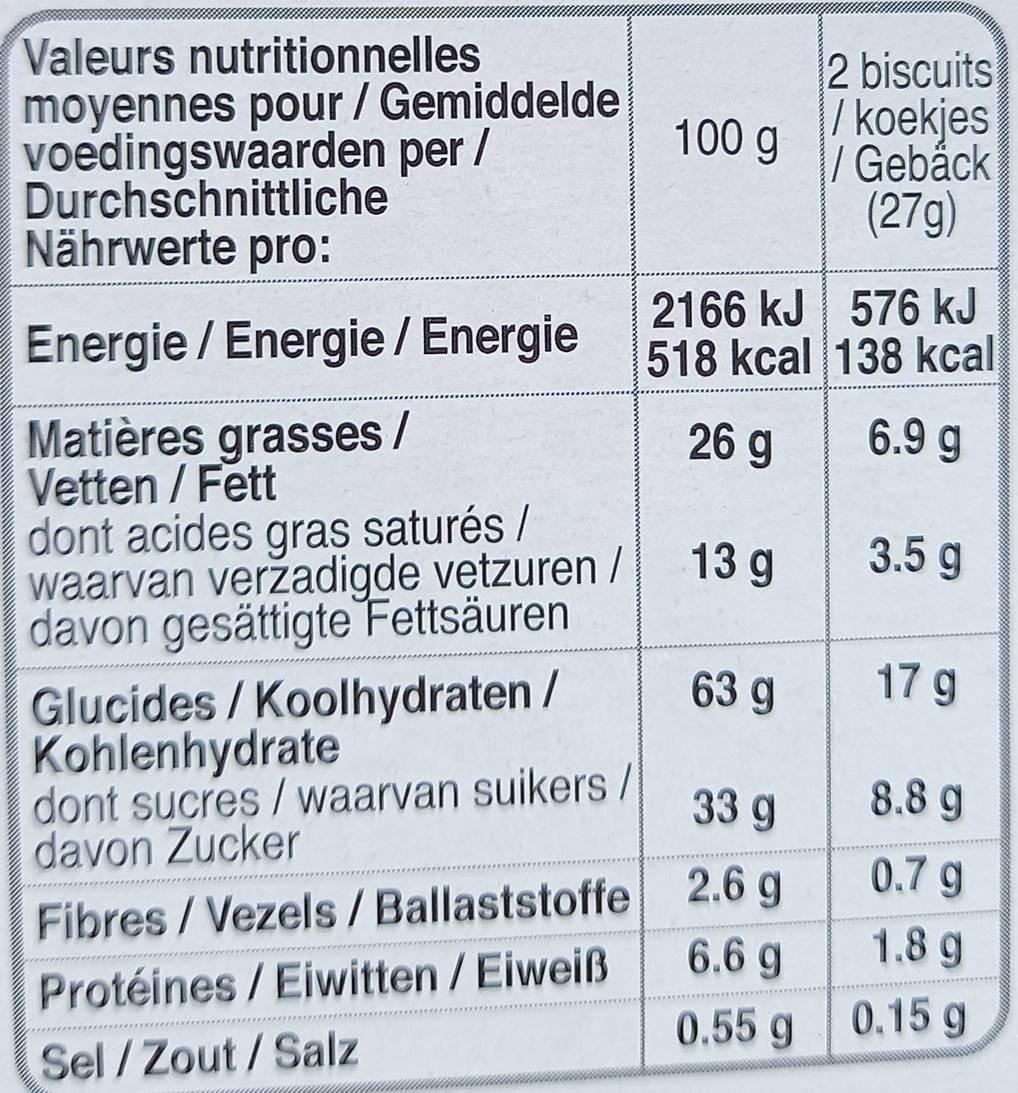
Valeurs nutritionnelles moyennes pour / Gemiddelde voedingswaarden per / Durchschnittliche Nährwerte pro:
2 biscuits / koekjes / Gebáck (27g)
100 g
2166 kJ 576 kJ 518 kcal 138 kcal
Energie / Energie/ Energie
Matières grasses / Vetten / Fett dont acides saturés / waarvan verzadigde vetzuren / davon gesättigte Fettsäuren
26 g
6.9 g
gras
13 g
3.5 g
17 g
Glucides /Koolhydraten / Kohlenhydrate dont sucres / waarvan suikers/ davon Zucker
63 g
33 g
8.8 g
0.7 g
Fibres/Vezels/Ballaststoffe 2.6 g Protéines/Eiwitten /Eiweiß
6.6 g
1.8 g
0.55 g 0.15 g
Sel/Zout/Salz